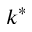
k ^ { * }